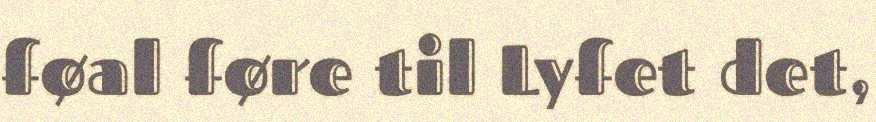
føal føre til Lyfet det,